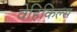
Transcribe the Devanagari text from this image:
वेहिकिल्स